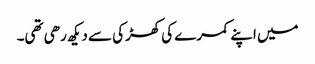
میں اپنے کمرے کی کھڑکی سے دیکھ رھی تھی۔